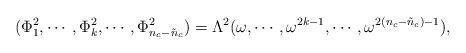
\begin{align*}(\Phi_{1}^2, \cdots, \Phi_{k}^2, \cdots,\Phi_{n_{c}-\tilde{n}_{c}}^2) = \Lambda^2 (\omega, \cdots, \omega^{2k-1}, \cdots, \omega^{2(n_{c}-\tilde{n}_{c})-1}),\end{align*}